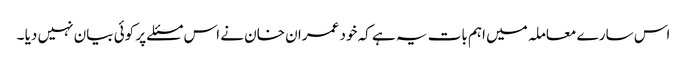
اس سارے معاملہ میں اہم بات یہ ہے کہ خود عمران خان نے اس مسئلے پر کوئی بیان نہیں دیا ۔